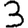
Digit: 3